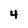
Character: 4